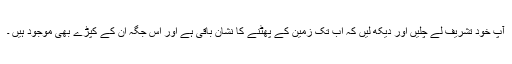
آپ خود تشریف لے چلیں اور دیکھ لیں کہ اب تک زمین کے پھٹنے کا نشان باقی ہے اور اس جگہ ان کے کپڑے بھی موجود ہیں ۔